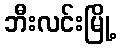
ဘီးလင်းမြို့